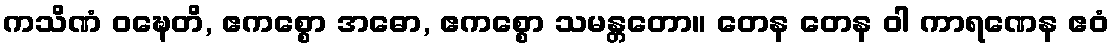
ကသိဏံ ဝဍ္ဎေတိ, ဧကစ္စော အဓော, ဧကစ္စော သမန္တတော။ တေန တေန ဝါ ကာရဏေန ဧဝံ